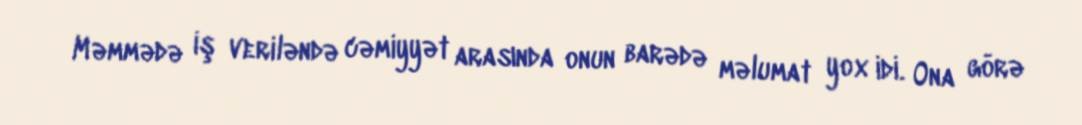
Məmmədə iş veriləndə cəmiyyət arasında onun barədə məlumat yox idi. Ona görə